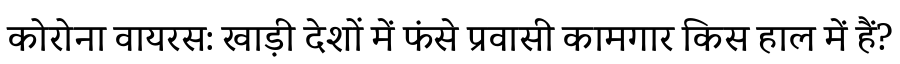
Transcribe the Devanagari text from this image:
कोरोना वायरस: खाड़ी देशों में फंसे प्रवासी कामगार किस हाल में हैं?